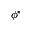
\phi ^ { * }